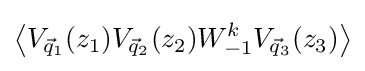
\left\langle V_{{\vec {q}}_{1}}(z_{1})V_{{\vec {q}}_{2}}(z_{2})W_{-1}^{k}V_{{\vec {q}}_{3}}(z_{3})\right\rangle